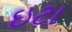
ઇટા